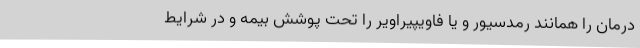
درمان را همانند رمدسیور و یا فاویپیراویر را تحت پوشش بیمه و در شرایط